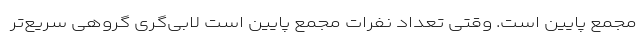
مجمع پایین است. وقتی تعداد نفرات مجمع پایین است لابی‌گری گروهی سریع‌تر